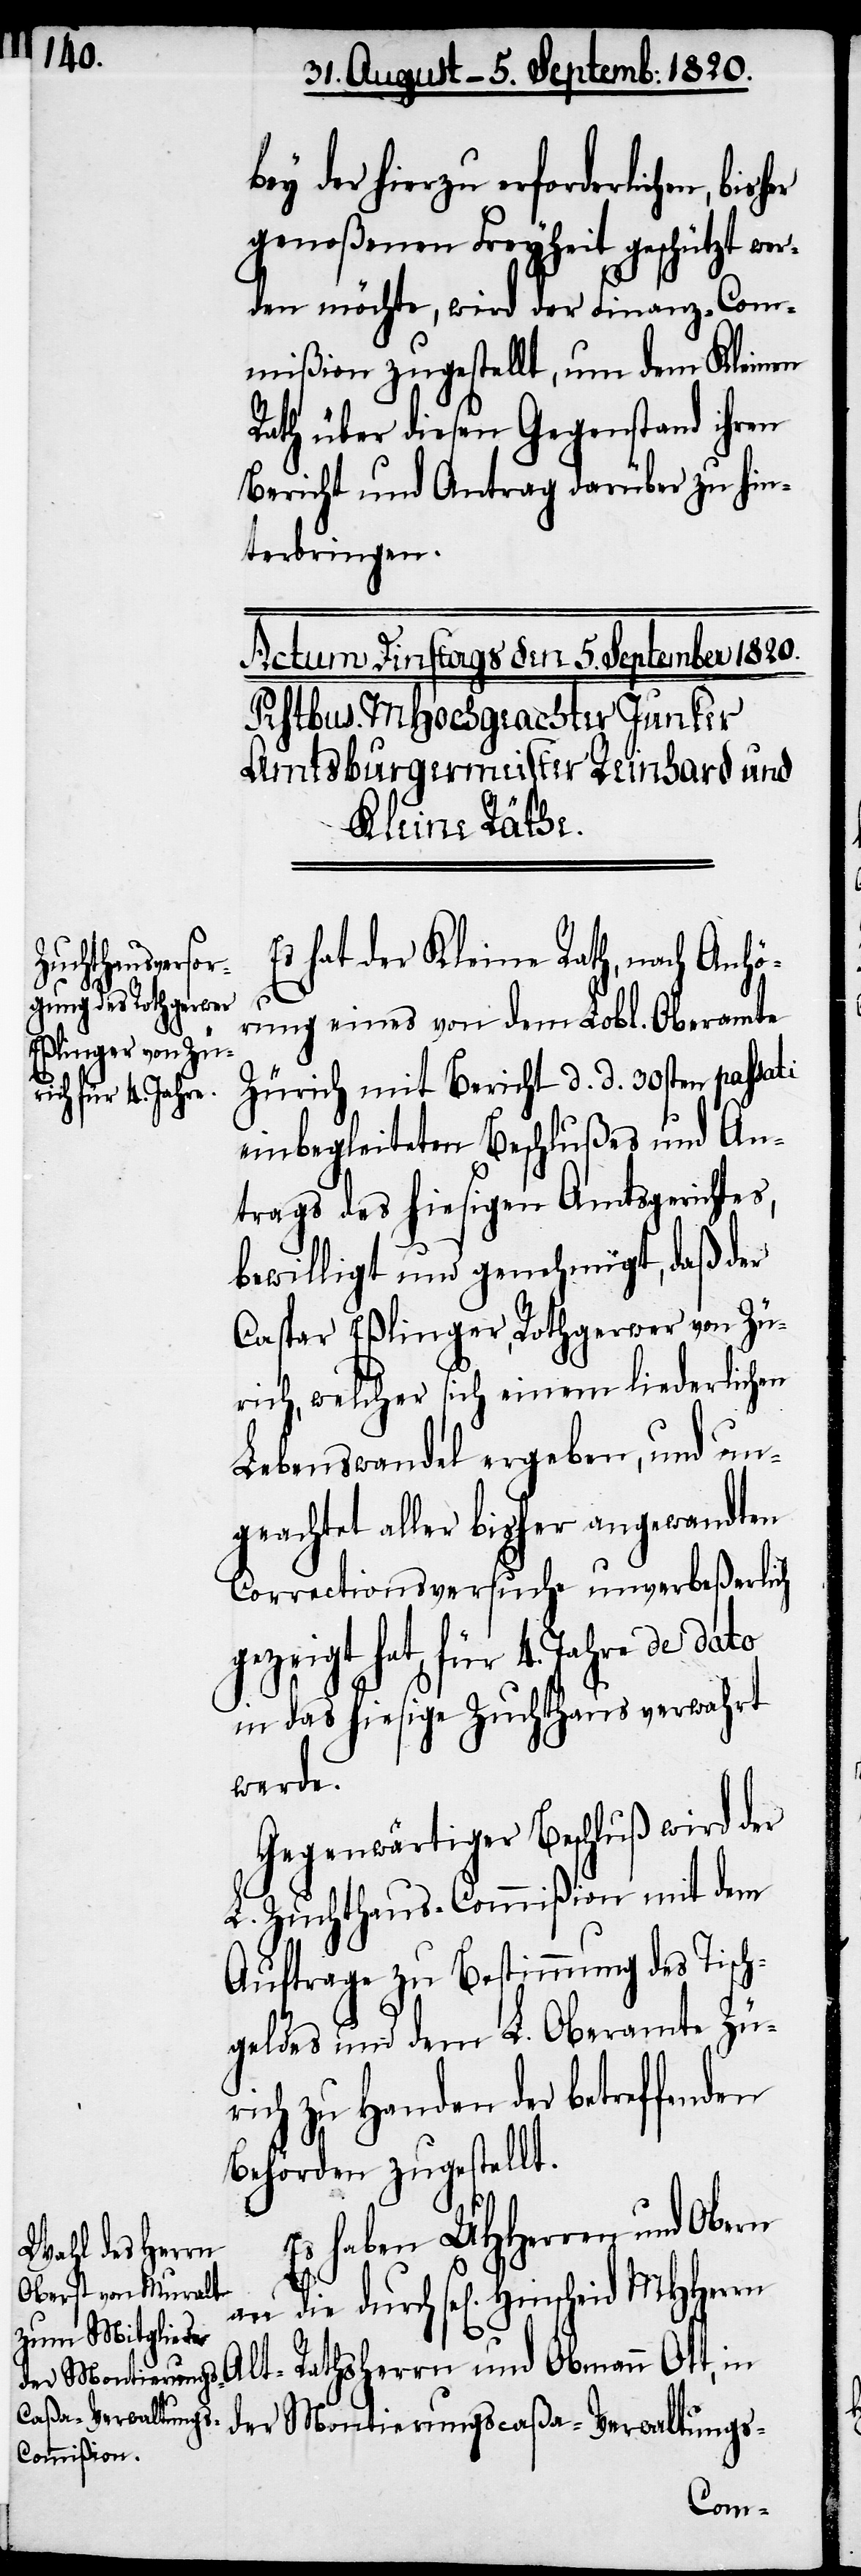
bey der hierzu erforderlichen,
genoßenen Freyheit geschützt we¬
rden möchte, wird der Finanz-Com¬
mißion zugestellt, um dem Kleinen
Rath über diesen Gegenstand ihren
Bericht und Antrag darüber zu hin¬
terbringen.
Es hat der Kleine Rath, nach Anhö¬
rung eines von dem Lobl. Oberamte
Zürich mit Bericht d. d. 30sten passati
einbegleiteten Beschlußes und An¬
trags des hiesigen Amtsgerichtes,
bewilligt und genehmigt, daß der
Caspar Eßlinger, Rathgerwer von Zü¬
rich, welcher sich einem liederlichen
Lebenswandel ergeben, und un¬
geachtet aller bisher angewandten
Correctionsversuche unverbeßerlich
gezeigt hat, für 4. Jahr de dato
in das hiesige Zuchthaus verwahrt
werde.
Gegenwärtiger Beschluß wird der
L. Zuchthaus-Commißion mit dem
Auftrage zu Bestimmung des Tisch¬
geldes und dem L. Oberamte Zü¬
rich zu Handen der betreffenden
Behörden zugestellt.
Es haben UHherren und Obern
an die durch sel[igen]. Hinscheid
Alt-Rathsherrn und Obmann Ott, in
der Montierungscaßa-Verwaltungs-